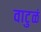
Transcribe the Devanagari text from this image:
वाटुळं